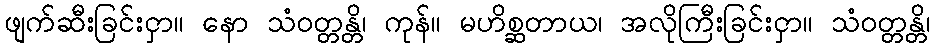
ဖျက်ဆီးခြင်းငှာ။ နော သံဝတ္တန္တိ၊ ကုန်။ မဟိစ္ဆတာယ၊ အလိုကြီးခြင်းငှာ။ သံဝတ္တန္တိ၊